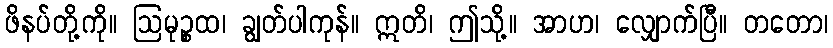
ဖိနပ်တို့ကို။ ဩမုဉ္စထ၊ ချွတ်ပါကုန်။ ဣတိ၊ ဤသို့။ အာဟ၊ လျှောက်ပြီ။ တတော၊